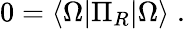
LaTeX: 0=\langle\Omega\vert\Pi_{R}\vert\Omega\rangle\; .